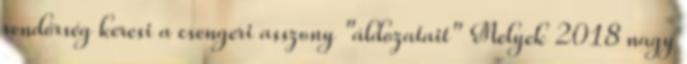
rendőrség keresi a csengeri asszony "áldozatait" Melyek 2018 nagy